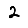
Digit: 2